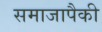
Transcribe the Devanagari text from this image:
समाजापैकी